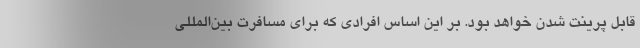
قابل پرینت شدن خواهد بود. بر این اساس افرادی که برای مسافرت بین‌المللی